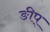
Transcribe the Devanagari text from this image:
ङीप्